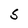
Character: S